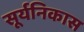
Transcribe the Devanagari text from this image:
सूर्यनिकास